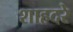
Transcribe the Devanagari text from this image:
शाहदरे